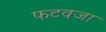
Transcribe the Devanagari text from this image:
फटवजा